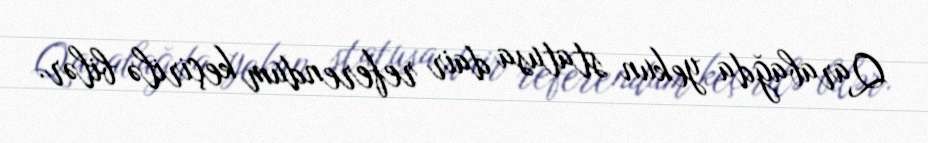
Qarabağda yekun statusa dair referendum keçirilə bilər.